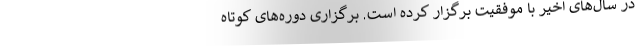
در سال‌های اخیر با موفقیت برگزار کرده است. برگزاری دوره‌های کوتاه